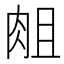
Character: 𰮘